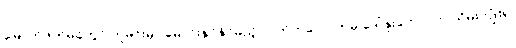
မြောက်ဖက်မုခ်တွင် ကူမင်းမှာ မောင်းနှင်နိုင်မည့် လတ်တလောကမှ ဒေါ်နူးတောင်က သိမ်းကျုံး၍